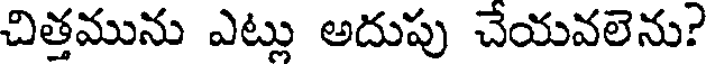
చిత్తమును ఎట్లు అదుపు చేయవలెను?